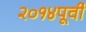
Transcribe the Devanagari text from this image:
२०१४पूर्वी